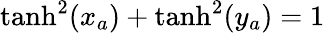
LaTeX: \operatorname{tanh}^{2}(x_{a})+\operatorname{tanh}^{2}(y_{a})=1